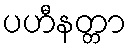
ပဟီနတ္တာ